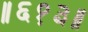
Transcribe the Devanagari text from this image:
॥६१३॥